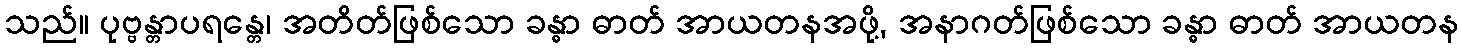
သည်။ ပုဗ္ဗန္တာပရန္တေ၊ အတိတ်ဖြစ်သော ခန္ဓာ ဓာတ် အာယတနအဖို့, အနာဂတ်ဖြစ်သော ခန္ဓာ ဓာတ် အာယတန